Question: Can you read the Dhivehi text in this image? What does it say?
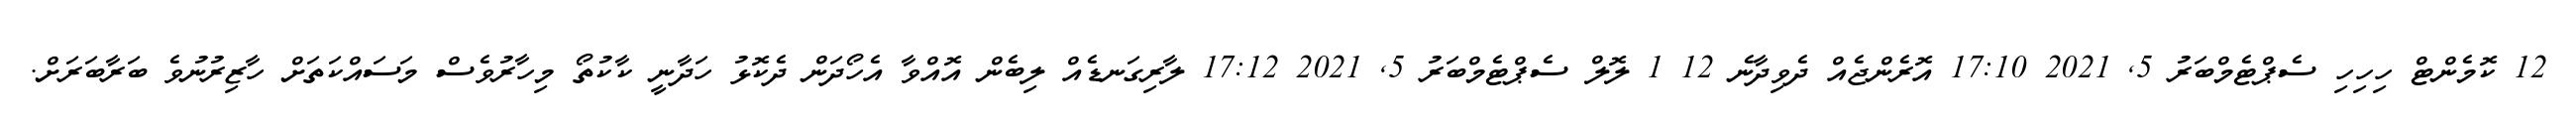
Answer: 12 ކޮމެންޓް ހިހިހި ސެޕްޓެމްބަރު 5, 2021 17:10 އޮރެންޖެއް ދެވިދާނެ 12 1 ލޮލް ސެޕްޓެމްބަރު 5, 2021 17:12 ލާރިގަނޑެއް ލިބެން އޮއްވާ އެހޯދަން ދެކޮޅު ހަދާނީ ކާކުތޯ މިހާރުވެސް މަސައްކަތަށް ހާޒިރުނުވެ ބަރާބަރަށް.